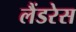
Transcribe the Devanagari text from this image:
लैंडरेस